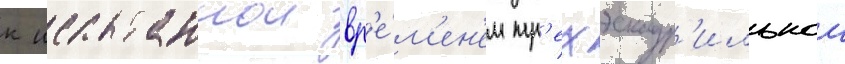
к испытаннои вр'е́м'ен'ем тр'ехэскадр'ильнои